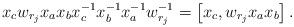
LaTeX: \begin{align*}x_cw_{r_j}x_ax_bx_c^{-1}x_b^{-1}x_a^{-1}w_{r_j}^{-1}=\left[x_c,w_{r_j}x_ax_b\right].\end{align*}